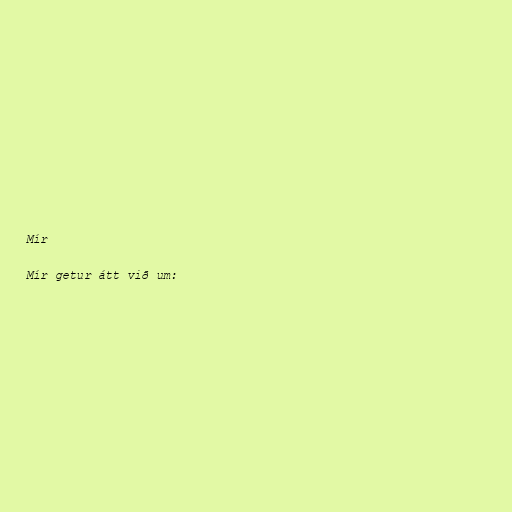
Mír

Mír getur átt við um: